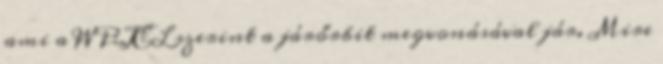
ami a WP:JEL szerint a járőrbit megvonásával jár. Mire